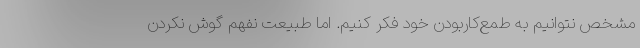
مشخص نتوانیم به طمع‌کاربودن خود فکر کنیم. اما طبیعت نفهم گوش نکردن